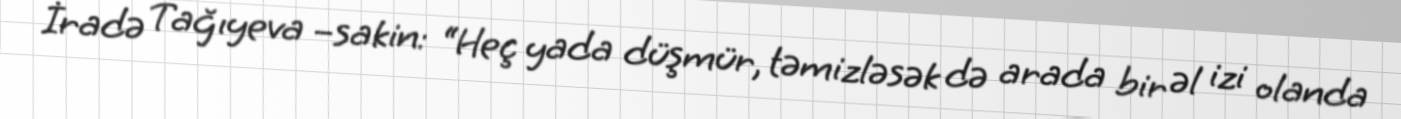
İradə Tağıyeva –sakin: “Heç yada düşmür, təmizləsək də arada bir əl izi olanda